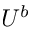
U ^ { b }